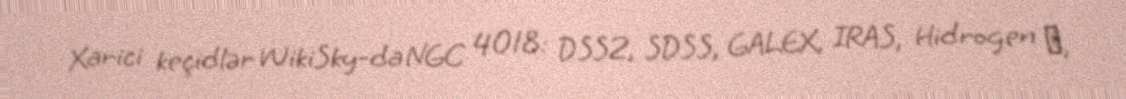
Xarici keçidlər WikiSky-da NGC 4018: DSS2, SDSS, GALEX, IRAS, Hidrogen α,